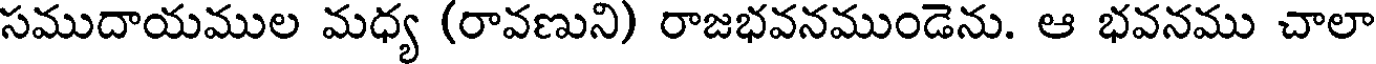
సముదాయముల మధ్య (రావణుని) రాజభవనముండెను. ఆ భవనము చాలా